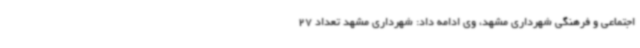
اجتماعی و فرهنگی شهرداری مشهد، وی ادامه داد: شهرداری مشهد تعداد 27